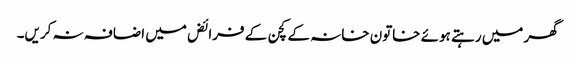
گھر میں رہتے ہوئے خاتون خانہ کے کچن کے فرائض میں اضافہ نہ کریں۔